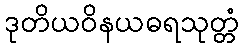
ဒုတိယဝိနယဓရသုတ္တံ